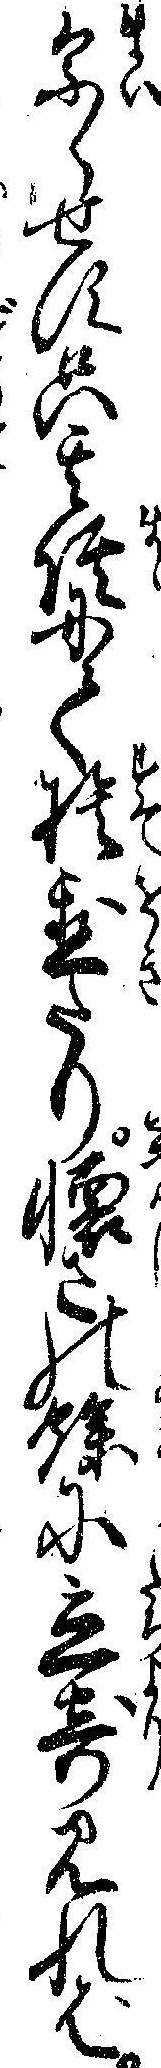
参らせす只其侭にて捨置たり懐さの余に立寄見れば